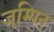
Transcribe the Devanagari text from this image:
जम्पिन